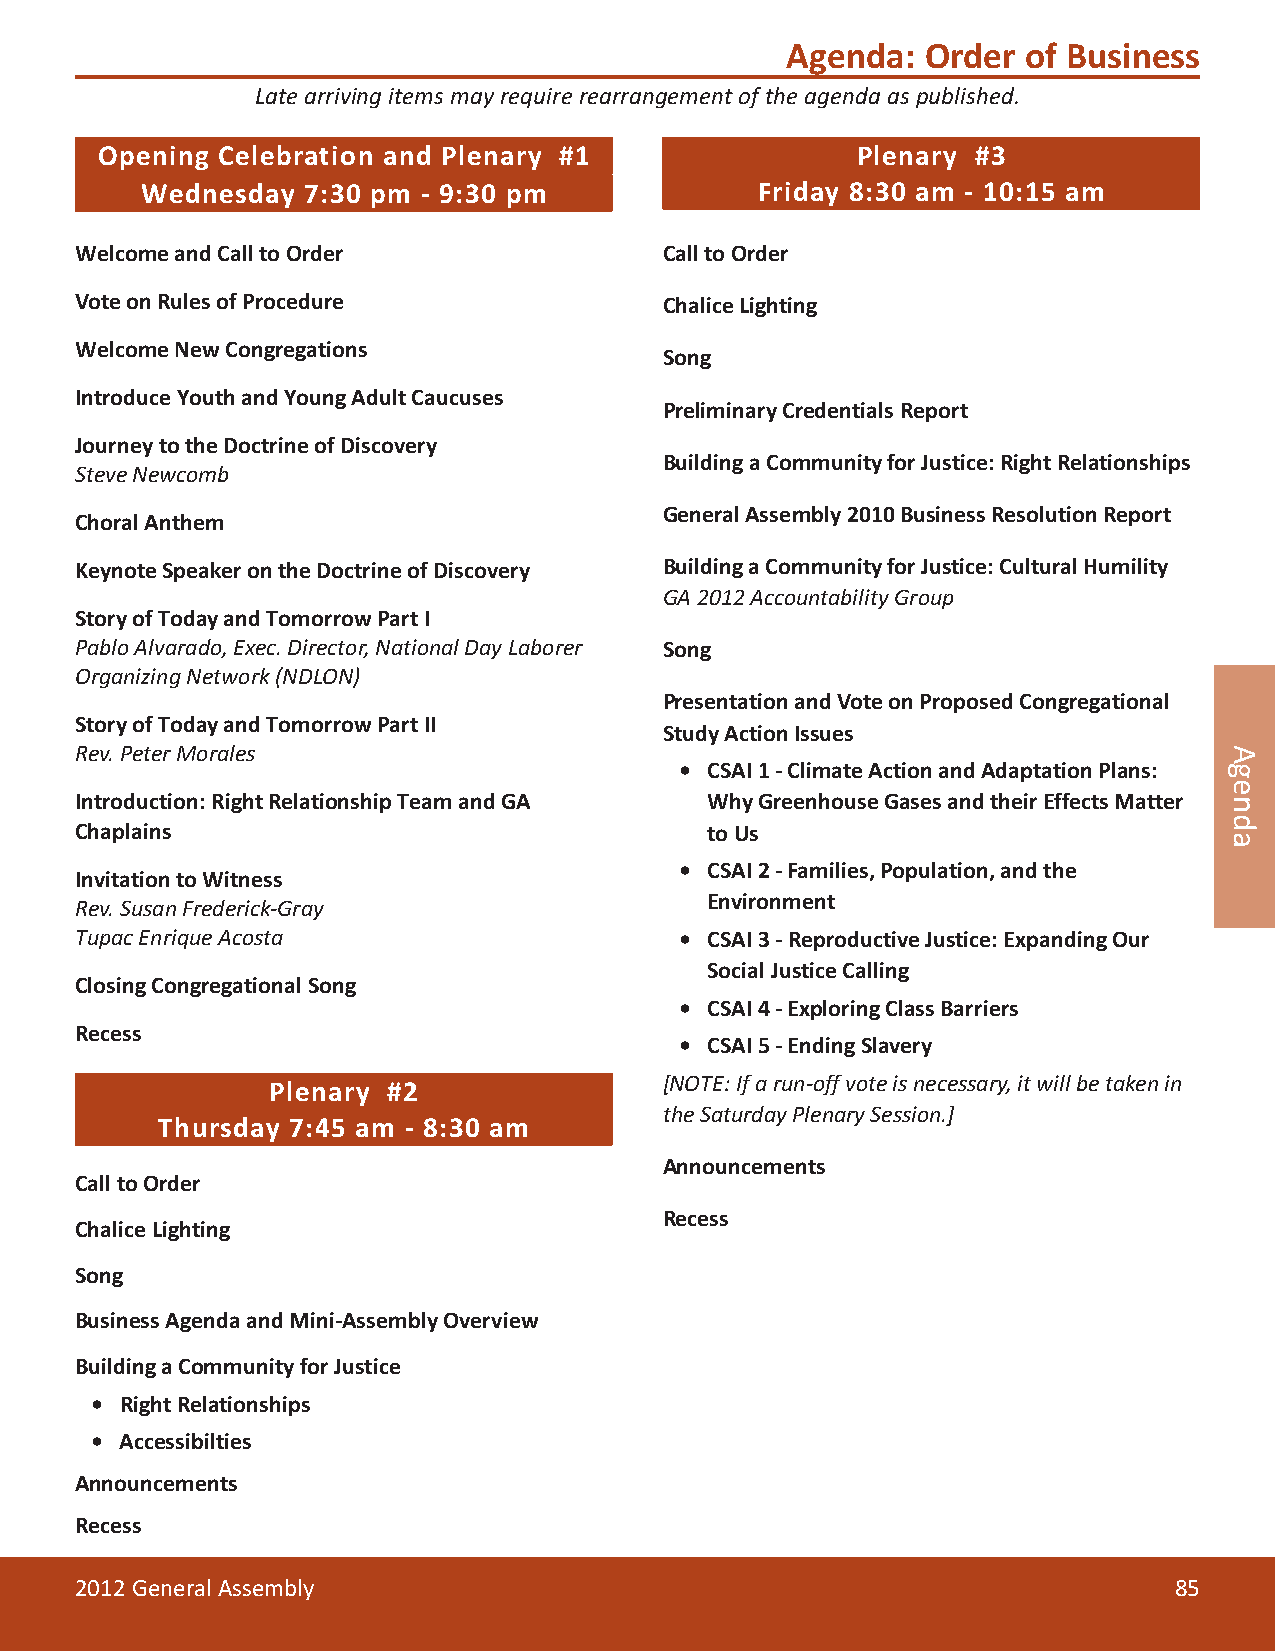
Agenda:  Order  of Business
 Late arriving items may require rearrangement of the agenda as published.
 Opening Celebration and Plenary #1                 Plenary #3
 Wednesday  7:30 pm - 9:30 pm             Friday 8:30 am - 10:15 am
 Welcome and Call to Order              Call to Order
 Vote on Rules of Procedure             Chalice Lighting
 Welcome New Congregations
 Song
 Introduce Youth and Young Adult Caucuses
 Preliminary Credentials Report
 Journey to the Doctrine of Discovery
 Building a Community for Justice: Right Relationships
 Steve Newcomb
 General Assembly 2010 Business Resolution Report
 Choral Anthem
 Keynote Speaker on the Doctrine of Discovery Building a Community for Justice: Cultural Humility
 GA 2012 Accountability Group
 Story of Today and Tomorrow Part I
 Pablo Alvarado, Exec. Director, National Day Laborer Song
 Organizing Network (NDLON)
 Presentation and Vote on Proposed Congregational
 Story of Today and Tomorrow Part II
 Study Action Issues
 Rev. Peter Morales
 • CSAI 1 - Climate Action and Adaptation Plans:
 Introduction: Right Relationship Team and GA Why Greenhouse Gases and their Effects Matter
 Chaplains                                 to Us
 • CSAI 2 - Families, Population, and the
 Invitation to Witness
 Environment
 Rev. Susan Frederick-Gray
 Tupac Enrique Acosta                    • CSAI 3 - Reproductive Justice: Expanding Our
 Social Justice Calling
 Closing Congregational Song
 • CSAI 4 - Exploring Class Barriers
 Recess
 • CSAI 5 - Ending Slavery
 Recess       Plenary #2                [NOTE: If a run-off vote is necessary, it will be taken in
 the Saturday Plenary Session.]
 Thursday 7:45 am - 8:30 am
 Announcements
 Call to Order
 Recess
 Chalice Lighting
 Song
 Business Agenda and Mini-Assembly Overview
 Building a Community for Justice
 • Right Relationships
 • Accessibilties
 Announcements
 Recess
 2012 General Assembly                                                    85
 Agenda